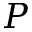
P